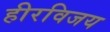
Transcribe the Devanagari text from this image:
हीरविजय